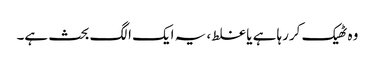
وہ ٹھیک کررہا ہے یا غلط، یہ ایک الگ بحث ہے۔